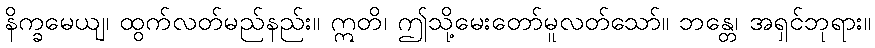
နိက္ခမေယျ၊ ထွက်လတ်မည်နည်း။ ဣတိ၊ ဤသို့မေးတော်မူလတ်သော်။ ဘန္တေ၊ အရှင်ဘုရား။